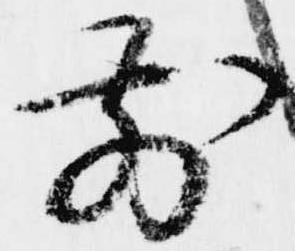
前